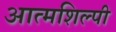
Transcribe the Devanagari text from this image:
आत्‍मशिल्‍पी